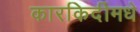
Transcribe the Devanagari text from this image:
कारकिर्दीमधे